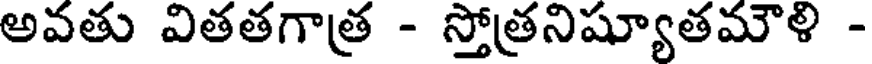
అవతు వితతగాత్ర - స్తోత్రనిష్యూతమౌళి -